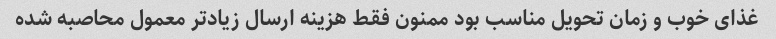
غذای خوب و زمان تحویل مناسب بود ممنون فقط هزینه ارسال زیادتر معمول محاصبه شده